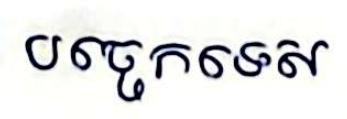
បច្ចេកទេស